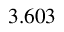
3 . 6 0 3 \, \AA